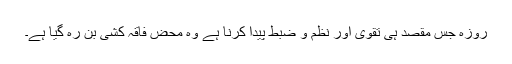
روزہ جس مقصد ہی تقویٰ اور نظم و ضبط پیدا کرنا ہے وہ محض فاقہ کشی بن رہ گیا ہے۔